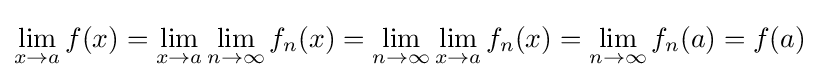
\lim _{x\to a}f(x)=\lim _{x\to a}\lim _{n\to \infty }f_{n}(x)=\lim _{n\to \infty }\lim _{x\to a}f_{n}(x)=\lim _{n\to \infty }f_{n}(a)=f(a)